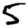
Digit: 5